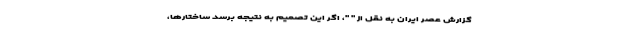
گزارش عصر ایران به نقل از " "، اگر این تصمیم به نتیجه برسد ساختارها،